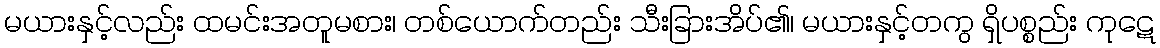
မယားနှင့်လည်း ထမင်းအတူမစား၊ တစ်ယောက်တည်း သီးခြားအိပ်၏၊ မယားနှင့်တကွ ရှိပစ္စည်း ကုဋေ